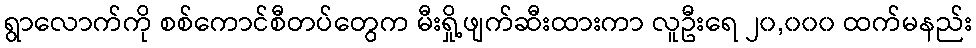
ရွာလောက်ကို စစ်ကောင်စီတပ်တွေက မီးရှို့ဖျက်ဆီးထားကာ လူဦးရေ ၂၀,၀၀၀ ထက်မနည်း